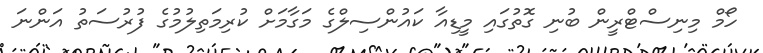
ހޯމް މިނިސްޓްރީން ބުނި ގޮތުގައި މީޑިއާ ކައުންސިލްގެ މަގާމަށް ކުރިމަތިލުމުގެ ފުރުސަތު އަންނަ